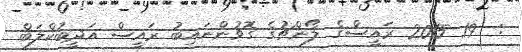
:  19